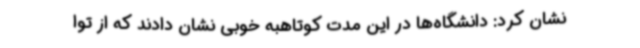
نشان کرد: دانشگاه‌ها در این مدت کوتاهبه خوبی نشان دادند که از توا